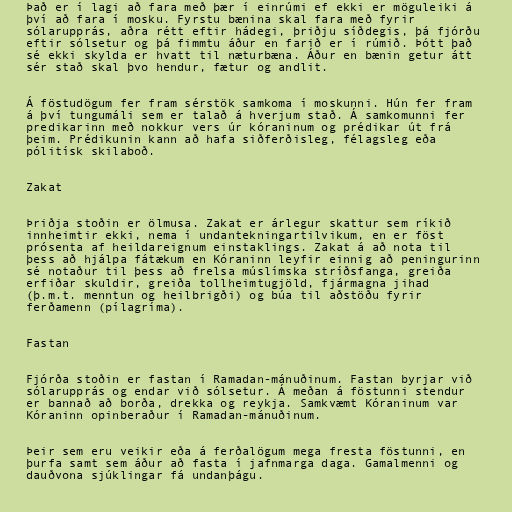
Það er í lagi að fara með þær í einrúmi ef ekki er möguleiki á
því að fara í mosku. Fyrstu bænina skal fara með fyrir
sólarupprás, aðra rétt eftir hádegi, þriðju síðdegis, þá fjórðu
eftir sólsetur og þá fimmtu áður en farið er í rúmið. Þótt það
sé ekki skylda er hvatt til næturbæna. Áður en bænin getur átt
sér stað skal þvo hendur, fætur og andlit.

Á föstudögum fer fram sérstök samkoma í moskunni. Hún fer fram
á því tungumáli sem er talað á hverjum stað. Á samkomunni fer
predikarinn með nokkur vers úr kóraninum og prédikar út frá
þeim. Prédikunin kann að hafa siðferðisleg, félagsleg eða
pólitísk skilaboð.

Zakat

Þriðja stoðin er ölmusa. Zakat er árlegur skattur sem ríkið
innheimtir ekki, nema í undantekningartilvikum, en er föst
prósenta af heildareignum einstaklings. Zakat á að nota til
þess að hjálpa fátækum en Kóraninn leyfir einnig að peningurinn
sé notaður til þess að frelsa múslímska stríðsfanga, greiða
erfiðar skuldir, greiða tollheimtugjöld, fjármagna jihad
(þ.m.t. menntun og heilbrigði) og búa til aðstöðu fyrir
ferðamenn (pílagríma).

Fastan

Fjórða stoðin er fastan í Ramadan-mánuðinum. Fastan byrjar við
sólarupprás og endar við sólsetur. Á meðan á föstunni stendur
er bannað að borða, drekka og reykja. Samkvæmt Kóraninum var
Kóraninn opinberaður í Ramadan-mánuðinum.

Þeir sem eru veikir eða á ferðalögum mega fresta föstunni, en
þurfa samt sem áður að fasta í jafnmarga daga. Gamalmenni og
dauðvona sjúklingar fá undanþágu.